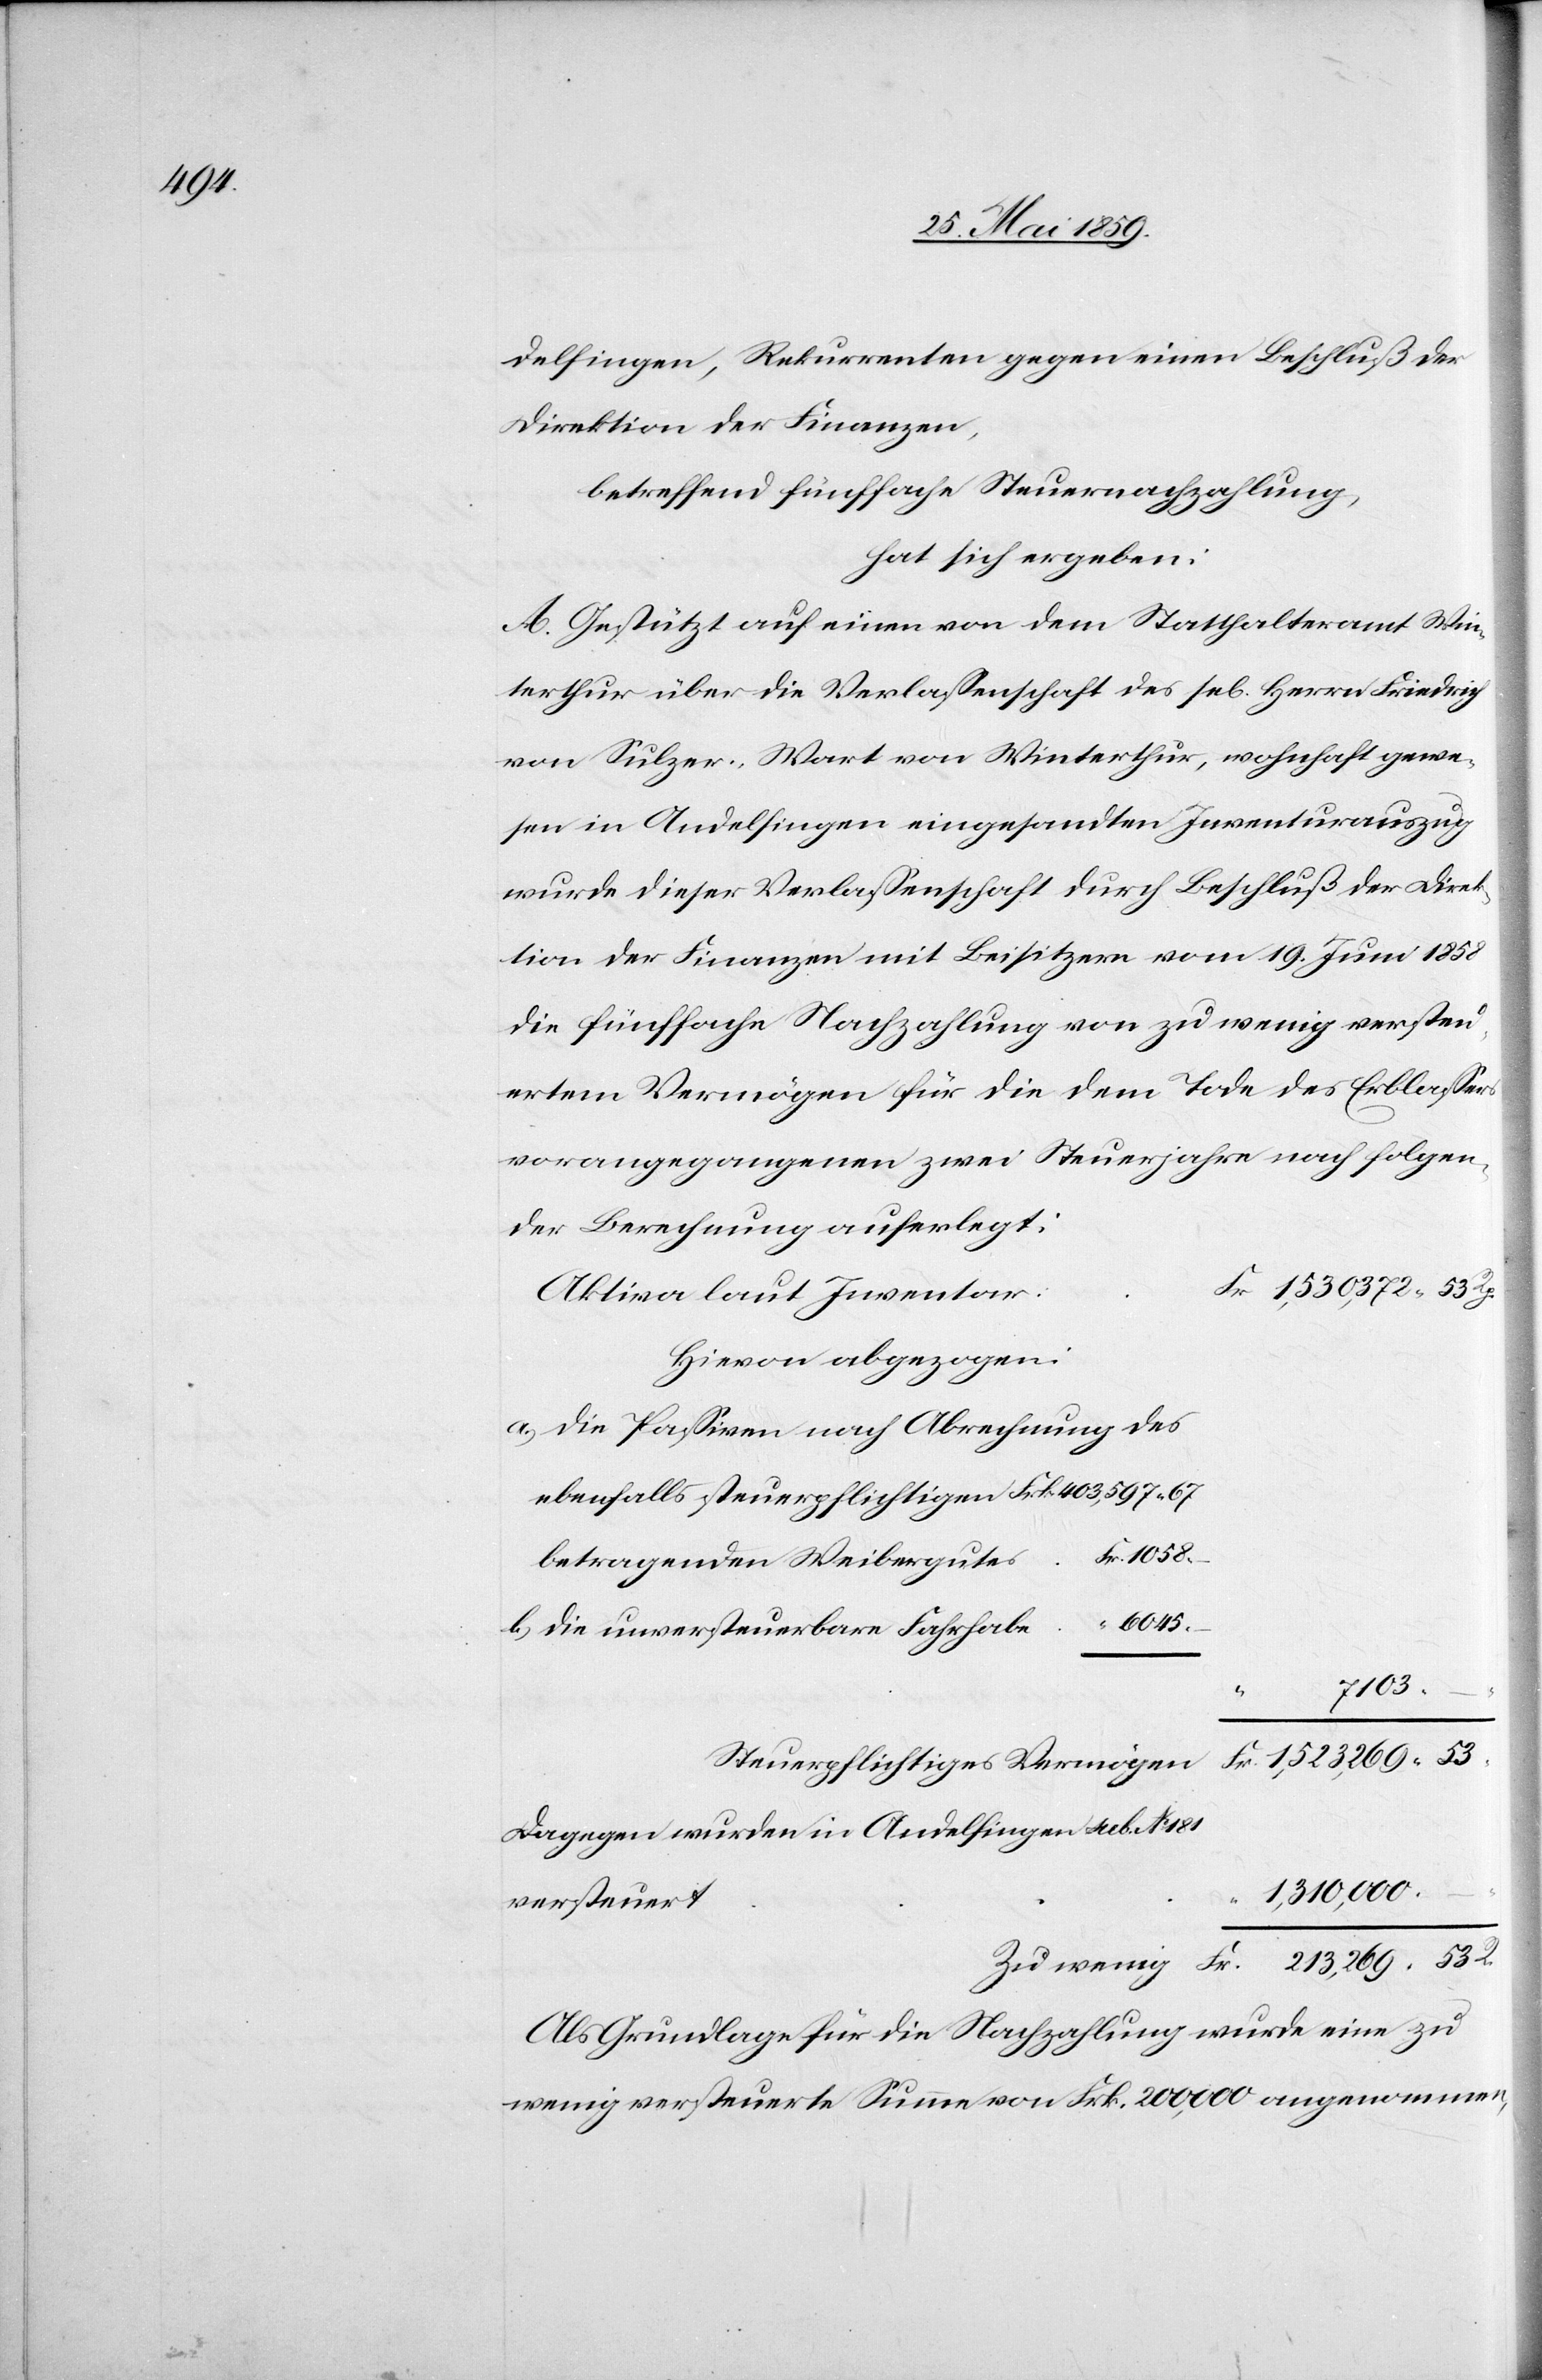
181

delfingen, Rekurrenten gegen einen Beschluß der
Direktion der Finanzen,
betreffend fünffache Steuernachzahlung,
hat sich ergeben:
A. Gestützt auf einen von dem Statthalteramt Win¬
terthur über die Verlassenschaft des sel. Herrn Friedrich
von Sulzer-Wart von Winterhur, wohnhaft gewe¬
sen in Andelfingen eingesandten Inventurauszug
wurde dieser Verlassenschaft durch Beschluß der Direk¬
tion der Finanzen mit Beisitzern vom 19. Juni 1858
die fünffache Nachzahlung von zu wenig versteu¬
erten Vermögen für die dem Tode des Erblassers
vorangegangenen zwei Steuerjahre nach folgen¬
der Berechnung auferlegt:
r 1‘530‘372.53 Rp.
Aktiva laut Inventa¬
Hievon abgezogen:
a) die Passiven nach Abrechnung des
ebenfalls steuerpflichten Frk. 403‘597.67
betragenden Weibergutes Fr. 1058.
b) die unversteuerbare Fahrhabe “ 6045.
7103.
–
Steuerpflichtiges Vermögen			Fr. 1‘523‘269.53
Dagegen wurden in Andelfingen sub. No
1‘310‘000.
Zu wenig	Fr. 213‘269.53 R.
Als Grundlage für die Nachzahlung wurde eine zu
wenig versteuerte Summe von Frk. 200‘000 angenommen,